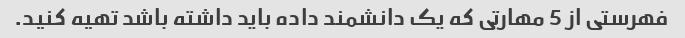
فهرستی از 5 مهارتی که یک دانشمند داده باید داشته باشد تهیه کنید.